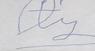
Signature authenticity: forged